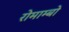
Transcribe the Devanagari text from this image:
रोमाम्बो